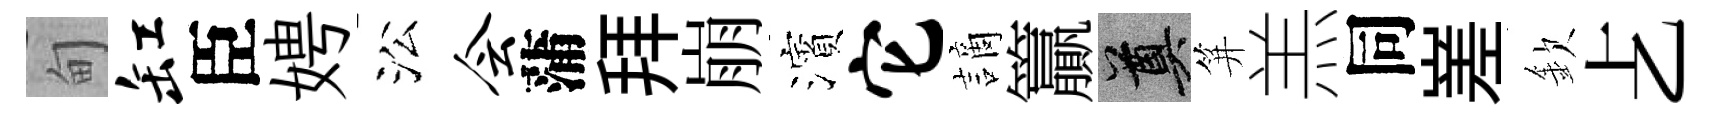
甸缸臣娉㳂会蒲拜崩濱它謫籯奠笄羔同嵳欽𠧒